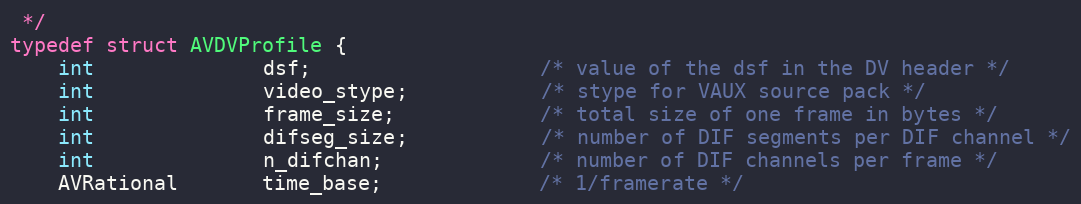
Language: C
 */
typedef struct AVDVProfile {
    int              dsf;                   /* value of the dsf in the DV header */
    int              video_stype;           /* stype for VAUX source pack */
    int              frame_size;            /* total size of one frame in bytes */
    int              difseg_size;           /* number of DIF segments per DIF channel */
    int              n_difchan;             /* number of DIF channels per frame */
    AVRational       time_base;             /* 1/framerate */